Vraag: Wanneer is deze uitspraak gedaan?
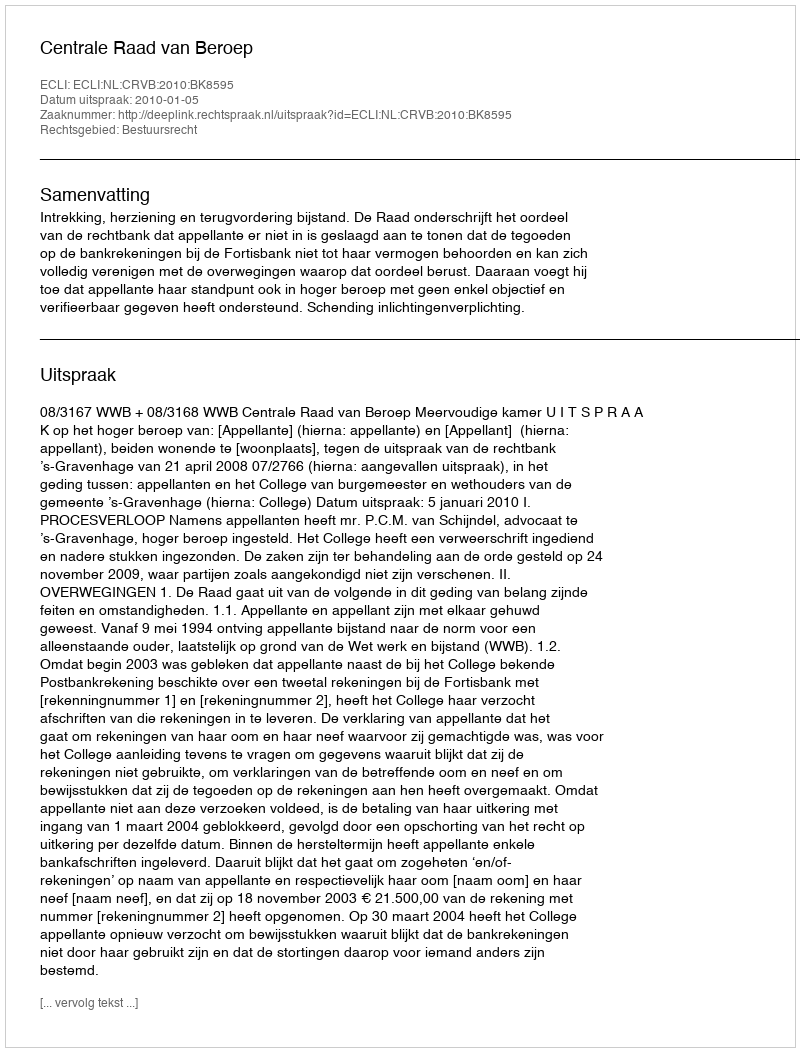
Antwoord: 2010-01-05